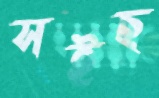
সইছ